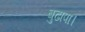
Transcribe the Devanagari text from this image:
बुढापा।